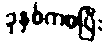
ခုနှစ်ကစပြီး